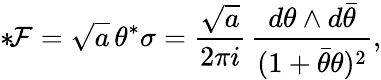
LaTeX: {*}\! {\cal F}=\sqrt{a}\, \theta^{*}\sigma=\frac{\sqrt{a}}{2\pi i}\, \frac{d\theta\wedge d{\bar{\theta}}}{(1+{\bar{\theta}}\theta)^{2}},